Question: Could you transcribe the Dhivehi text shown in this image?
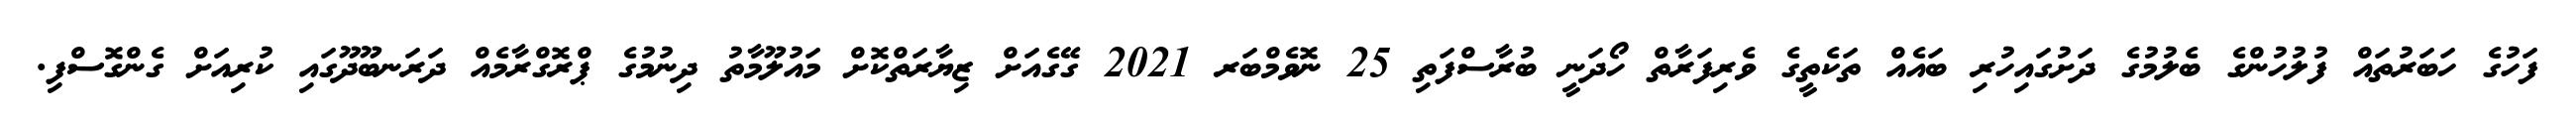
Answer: ފަހުގެ ހަބަރުތައް ފުލުހުންގެ ބެލުމުގެ ދަށުގައިހުރި ބައެއް ތަކެތީގެ ވެރިފަރާތް ހޯދަނީ ބުރާސްފަތި 25 ނޮވެމްބަރ 2021 ގޭގެއަށް ޒިޔާރަތްކޮށް މައުލޫމާތު ދިނުމުގެ ޕްރޮގްރާމެއް ދަރަނބޫދޫގައި ކުރިއަށް ގެންގޮސްފި.